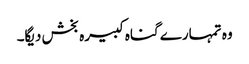
وہ تمہارے گناہ کبیرہ بخش دیگا۔